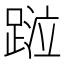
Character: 𨂖